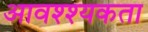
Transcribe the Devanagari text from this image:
आवश्श्यकता